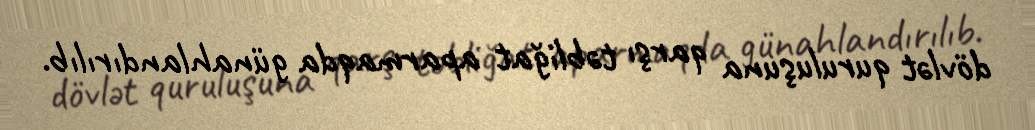
dövlət quruluşuna qarşı təbliğat aparmaqda günahlandırılıb.